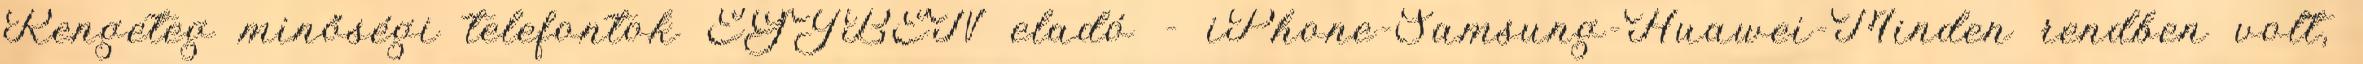
Rengeteg minőségi telefontok EGYBEN eladó - iPhone-Samsung-Huawei-Minden rendben volt,